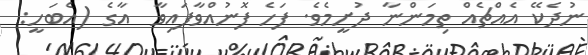
ނުދެކޭ އެއްޗެއް ތިމަންނާ ދުށީމެވެ. ފަހެ ފޮނުއްވާފައިވާ  އާގެ (އެބަހީ: